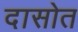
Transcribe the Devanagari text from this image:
दासोत